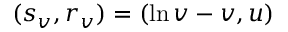
( s _ { v } , r _ { v } ) = ( \ln v - v , u )